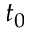
t _ { 0 }